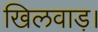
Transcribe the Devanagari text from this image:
खिलवाड़।